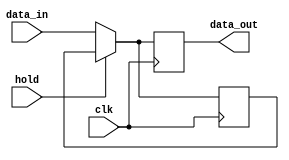
module hold_condition(
    input wire       clk,      // Clock signal
    input wire       hold,     // Hold control signal
    input wire [7:0] data_in,  // Data input signal (8-bit for example)
    output reg [7:0] data_out   // Data output signal (8-bit for example)
);
    // Internal state to hold the previous value of the output
    reg [7:0] last_value;

    // Sequential process to update output based on hold condition
    always @(posedge clk) begin
        if (hold) begin
            // Hold the output value unchanged
            data_out <= last_value;
        end else begin
            // Update the output with the new input value and store it
            data_out <= data_in;
            last_value <= data_in; // Store new input for future hold conditions
        end
    end
endmodule